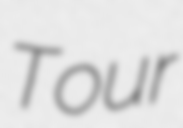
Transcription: Tour